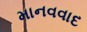
માનવવાદ